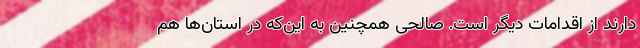
دارند از اقدامات دیگر است. صالحی همچنین به این‌که در استان‌ها هم